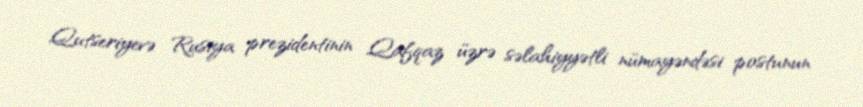
Qutseriyevə Rusiya prezidentinin Qafqaz üzrə səlahiyyətli nümayəndəsi postunun